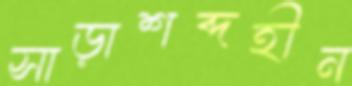
সাড়াশব্দহীন